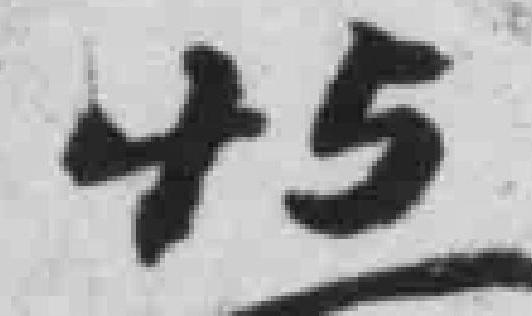
+5